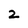
Character: Z